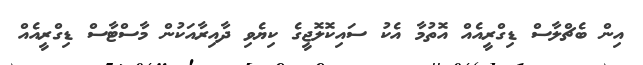
އިން ބެޗްލާސް ޑިގްރީއެއް އޮތުމާ އެކު ސައިކޮލޮޖީގެ ކިޔެވި ދާއިރާއަކުން މާސްޓާސް ޑިގްރީއެއް